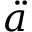
\ddot { a }